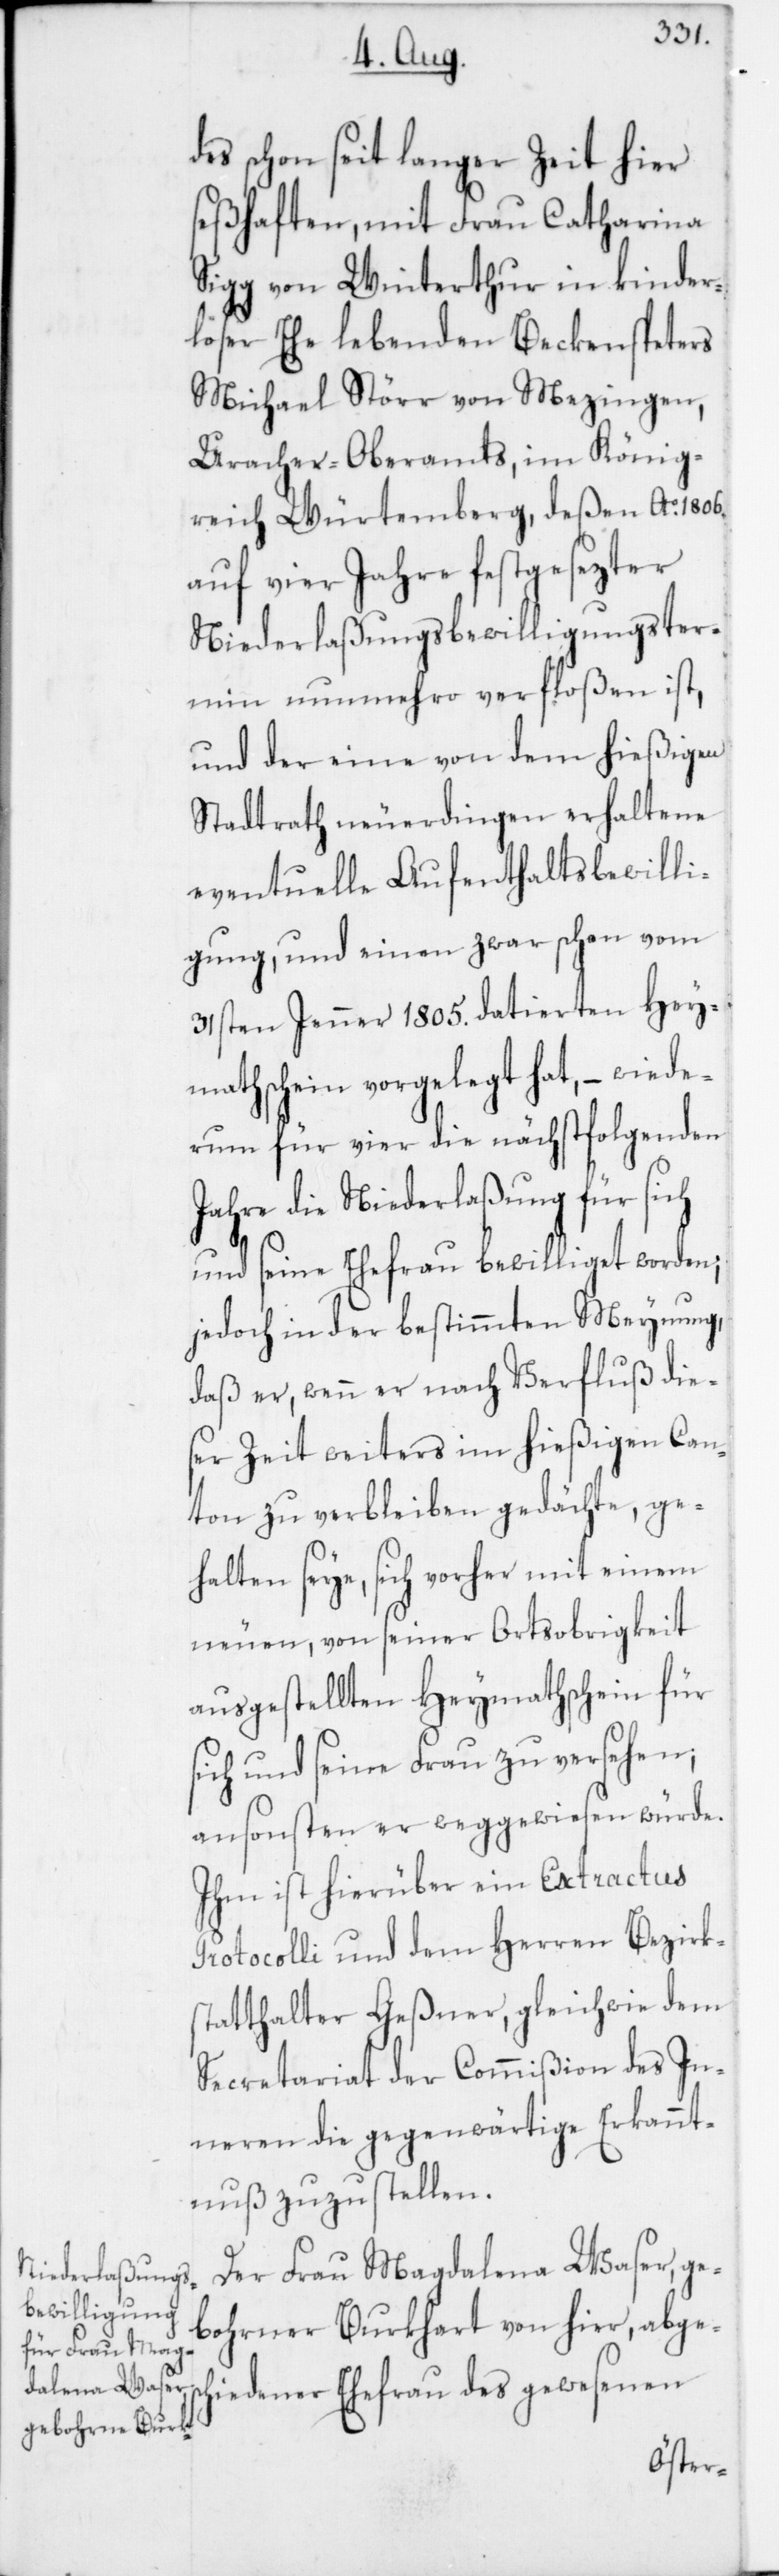
des schon seit langer Zeit hier
seßhaften, mit Frau Catharina
Sigg von Winterthur in kinder¬
loser Ehe lebenden Beckenspetters
Michael Störr von Mezingen,
Uracher Oberamts im König¬
reich Würtemberg, deßen Ao 1806.
auf vier Jahre festgesezter
Niederlaßungsbewilligungster¬
min nunmehro verfloßen ist,
und der eine von dem hießigen
Stadtrath neuerdingen erhaltene
eventuelle Aufenthaltsbewilli¬
gung, und einen zwar schon vom
31sten Jenner 1805. datierten Hey¬
mathschein vorgelegt hat, – wiede¬
rum für vier die nächstfolgenden
Jahre die Niederlaßung für sich
und seine Ehefrau bewilliget worden;
jedoch in der bestimmten Meynung,
daß er, wenn er nach Verfluß dies¬
er Zeit weiters im hießigen Can¬
ton zu verbleiben gedächte, ge¬
halten seye, sich vorher mit einem
neuen, von seiner Ortsobrigkeit
ausgestellten Heymathschein für
sich und seine Frau zu versehen,
ansonsten er weggewiesen würde.
Ihm ist hierüber ein Extractus
Protocolli und dem Herren Bezirks¬
statthalter Geßner, gleichwie dem
Secretariat der Commißion des In¬
neren die gegenwärtige Erkannt¬
nuß zuzustellen.
Der Frau Magdalena Waser, ge¬
bohrner Burkhart von hier, abgesc¬
hiedener Ehefrau des gewesenen